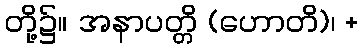
တို့၌။ အနာပတ္တိ (ဟောတိ)၊ +